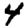
Digit: 4